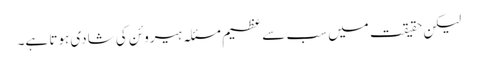
لیکن حقیقت میں سب سے عظیم مسئلہ ہیروئن کی شادی ہوتا ہے۔